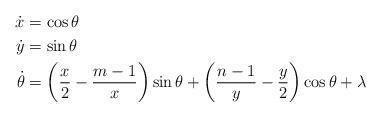
LaTeX: \begin{align*} \dot{x} &= \cos \theta \\\dot{y} &= \sin \theta \\\dot{\theta} &= \left(\frac{x}{2} - \frac{m-1}{x} \right)\sin \theta + \left(\frac{n-1}{y} - \frac{y}{2} \right)\cos \theta + \lambda \end{align*}